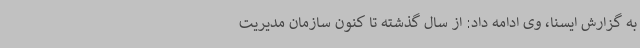
به گزارش ایسنا، وی ادامه داد: از سال گذشته تا کنون سازمان مدیریت